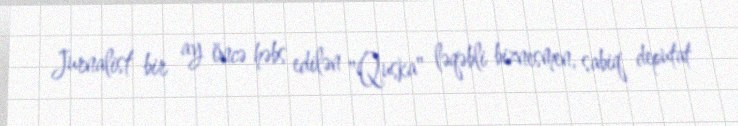
Jurnalist bir ay öncə həbs edilən "Quska" ləqəbli biznesmen, sabiq deputat